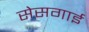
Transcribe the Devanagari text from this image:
सेसगाई